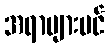
အရာများပင်